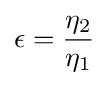
\epsilon ={\frac {\eta _{2}}{\eta _{1}}}